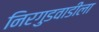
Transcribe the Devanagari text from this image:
निरगुडवाडीला